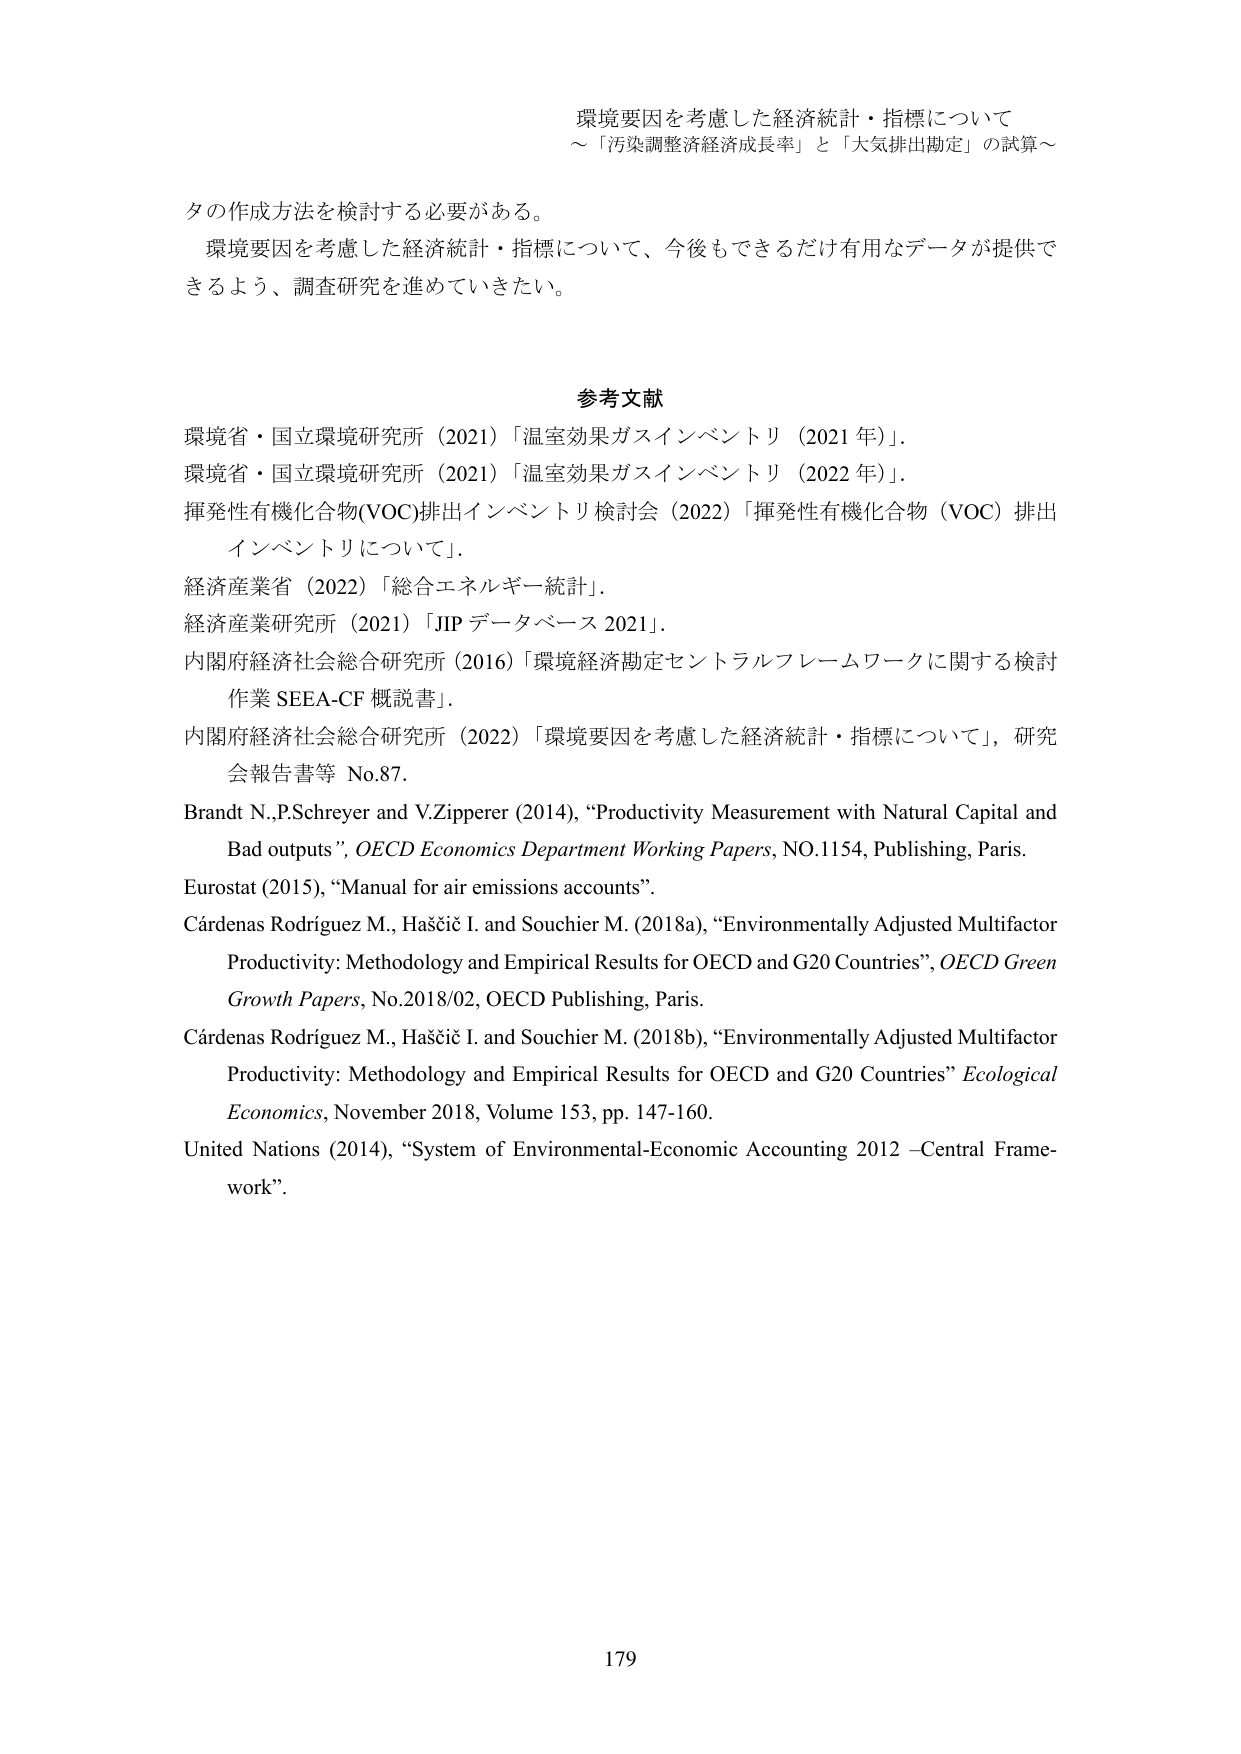
環境要因を考慮した経済統計・指標について
～「汚染調整経済成長率」と「大気排出勘定」の試算～

タの作成方法を検討する必要がある。
環境要因を考慮した経済統計・指標について、今後もできるだけ有用なデータが提供できるよう、調査研究を進めていきたい。

参考文献
環境省・国立環境研究所（2021）「温室効果ガスインベントリ（2021年）」。
環境省・国立環境研究所（2021）「温室効果ガスインベントリ（2022年）」。
揮発性有機化合物(VOC)排出インベントリ検討会（2022）「揮発性有機化合物（VOC）排出インベントリについて」。
経済産業省（2022）「総合エネルギー統計」。
経済産業研究所（2021）「JIP データベース 2021」。
内閣府経済社会総合研究所（2016）「環境経済勘定セントラルフレームワークに関する検討作業 SEEA-CF 概説書」。
内閣府経済社会総合研究所（2022）「環境要因を考慮した経済統計・指標について」，研究会報告書等 No.87。
Brandt N.,P.Schreyer and V.Zipperer (2014), “Productivity Measurement with Natural Capital and Bad outputs”, OECD Economics Department Working Papers, NO.1154, Publishing, Paris.
Eurostat (2015), “Manual for air emissions accounts”.
Cárdenas Rodríguez M., Haščič I. and Souchier M. (2018a), “Environmentally Adjusted Multifactor Productivity: Methodology and Empirical Results for OECD and G20 Countries”, OECD Green Growth Papers, No.2018/02, OECD Publishing, Paris.
Cárdenas Rodríguez M., Haščič I. and Souchier M. (2018b), “Environmentally Adjusted Multifactor Productivity: Methodology and Empirical Results for OECD and G20 Countries” Ecological Economics, November 2018, Volume 153, pp. 147-160.
United Nations (2014), “System of Environmental-Economic Accounting 2012 –Central Framework”.

179